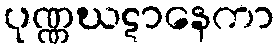
ပုဏ္ဏဃဋာနေကာ